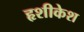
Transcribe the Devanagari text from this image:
हृशीकेश